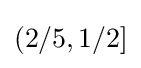
(2/5,1/2]